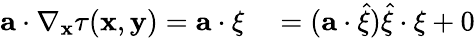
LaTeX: \begin{array}{rl}{\mathbf{a}\cdot\nabla_{\mathbf{x}}\tau(\mathbf{x},\mathbf{y})=\mathbf{a}\cdot\mathbf{\xi}}&{{}=(\mathbf{a}\cdot\widehat{\mathbf{\xi}})\widehat{\mathbf{\xi}}\cdot\mathbf{\xi}+0}\end{array}